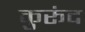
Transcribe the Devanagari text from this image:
कुरूंद